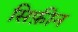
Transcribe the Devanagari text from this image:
सिफ़ीन